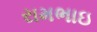
રામભાઇ